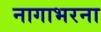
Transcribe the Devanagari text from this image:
नागाभरना